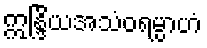
ဣန္ဒြိယအသံဝရမ္ပာဟံ